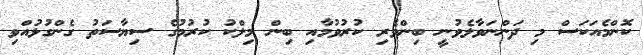
ކޮންމެއަކަސް މި ދަންނަވާލެވުނީ ބިންވެރި ކުރުވުމާއި ބިން މިލްކު ކުރުމުގެ ސިޔާސަތު ގެންގުޅުއްވި